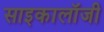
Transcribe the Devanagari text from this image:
साइकालॉजी